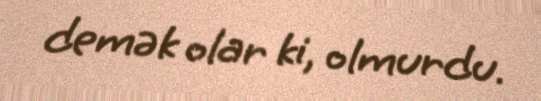
demək olar ki, olmurdu.